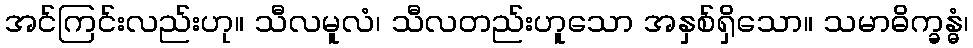
အင်ကြင်းလည်းဟု။ သီလမူလံ၊ သီလတည်းဟူသော အနှစ်ရှိသော။ သမာဓိက္ခန္ဓံ၊